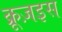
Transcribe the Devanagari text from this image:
क्रूज़इस